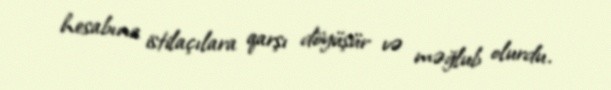
hesabına istilaçılara qarşı döyüşür və məğlub olurdu.